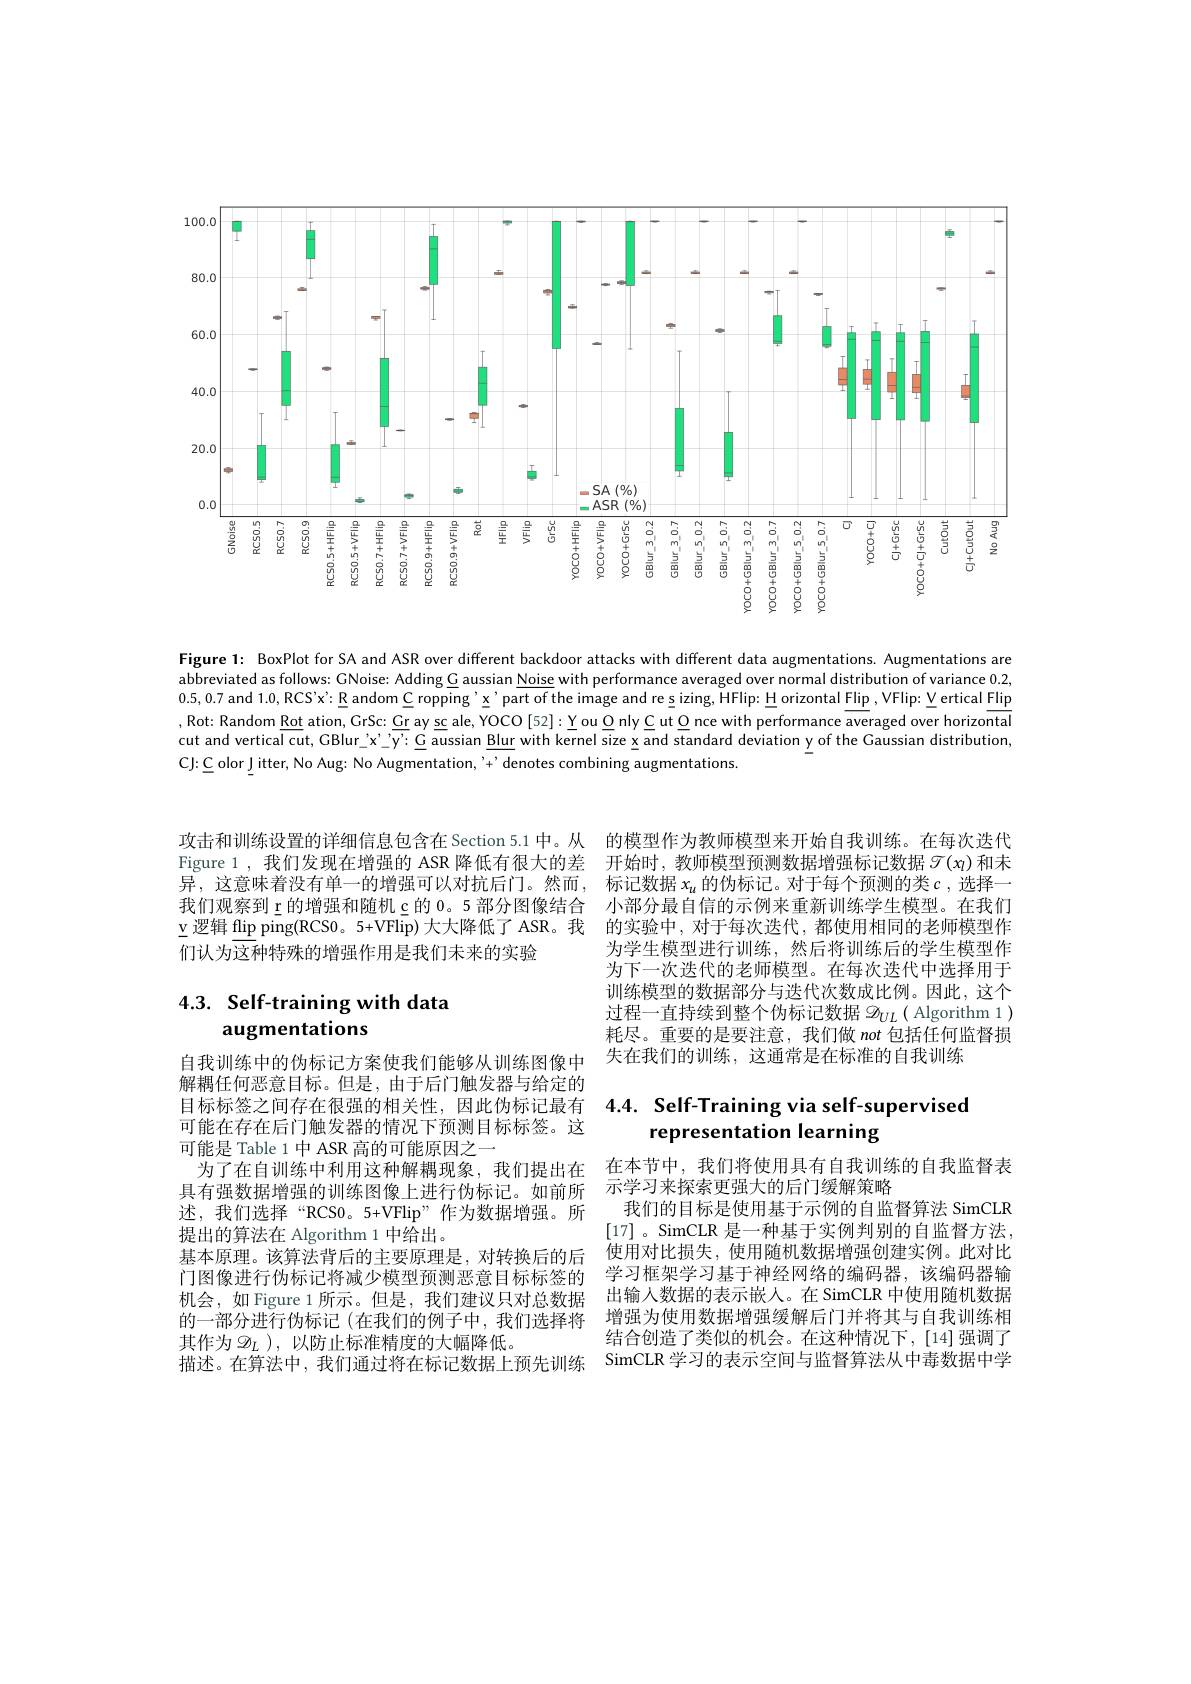
<FigureHere>

Figure 1: BoxPlot for SA and ASR over different backdoor attacks with different data augmentations. Augmentations are abbreviated as follows: GNoise: Adding G aussian Noise with performance averaged over normal distribution of variance 0.2, 0.5,0.7 and 1.0, RCS'x': R andom C ropping'x'part of the image and re s izing, HFlip: H orizontal Flip: VFlip: Vertical Flip ,Rot: Random Rot ation, GrSc: Gr ay sc ale, YOCO [52]: Y ou O nly C ut O nce with performance averaged over horizontal cut and vertical cut, GBlur\_$\underline{x}’\underline{y}’\underline{y}:\underline{G}$ aussian Blur with kernel size x and standard deviation y of the Gaussian distribution, CJ: C olor J itter, No Aug: No Augmentation, '+' denotes combining augmentations.

攻击和训练设置的详细信息包含在 Section 5.1 中。从 的模型作为教师模型来开始自我训练。在每次迭代Figure 1 , 我们发现在增强的 ASR 降低有很大的差 开始时，教师模型预测数据增强标记数据$\mathscr{T}(\mathfrak{x})$和未异，这意味着没有单一的增强可以对抗后门。然而，标记数据$x_u$的伪标记。对于每个预测的类$c$ ,选择一我们观察到\_的增强和随机\_的 0。5 部分图像结合 小部分最自信的示例来重新训练学生模型。在我们v\_逻辑\_flip ping(RCS0。5+VFlip)大大降低了 ASR。我 的实验中，对于每次迭代，都使用相同的老师模型作们认为这种特殊的增强作用是我们未来的实验

## $4. 3. \textbf{Self- training with data}$ augmentations

自我训练中的伪标记方案使我们能够从训练图像中解耦任何恶意目标。但是，由于后门触发器与给定的目标标签之间存在很强的相关性，因此伪标记最有可能在存在后门触发器的情况下预测目标标签。这可能是 Table 1 中 ASR 高的可能原因之一
为了在自训练中利用这种解耦现象，我们提出在具有强数据增强的训练图像上进行伪标记。如前所述，我们选择“RCS0。5+VFlip”作为数据增强。所提出的算法在 Algorithm 1 中给出。
基本原理。该算法背后的主要原理是，对转换后的后门图像进行伪标记将减少模型预测恶意目标标签的机会，如 Figure 1 所示。但是，我们建议只对总数据的一部分进行伪标记 (在我们的例子中，我们选择将 增强为使用数据增强缓解后门并将其与自我训练相
其作为$\mathscr{D}_L$ ), 以防止标准精度的大幅降低。
描述。在算法中，我们通过将在标记数据上预先训练 SimCLR 学习的表示空间与监督算法从中毒数据中学

为学生模型进行训练，然后将训练后的学生模型作为下一次迭代的老师模型。在每次迭代中选择用于训练模型的数据部分与迭代次数成比例。因此，这个过程一直持续到整个伪标记数据$\mathscr{D}_{UL}($ Algorithm 1) 耗尽。重要的是要注意，我们做not包括任何监督损失在我们的训练，这通常是在标准的自我训练

# 4.4. Self-Training via self-supervised representation learning

在本节中，我们将使用具有自我训练的自我监督表
示学习来探索更强大的后门缓解策略
我们的目标是使用基于示例的自监督算法 SimCLR [17]。SimCLR 是一种基于实例判别的自监督方法， 使用对比损失，使用随机数据增强创建实例。此对比学习框架学习基于神经网络的编码器，该编码器输出输人数据的表示嵌入。在 SimCLR 中使用随机数据结合创造了类似的机会。在这种情况下，[14]强调了